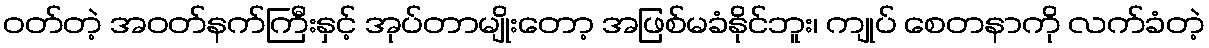
ဝတ်တဲ့ အဝတ်နက်ကြီးနှင့် အုပ်တာမျိုးတော့ အဖြစ်မခံနိုင်ဘူး၊ ကျုပ် စေတနာကို လက်ခံတဲ့